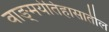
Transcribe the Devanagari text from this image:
वाङ्‌मयेतिहासातील